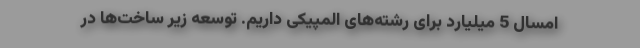
امسال 5 میلیارد برای رشته‌های المپیکی داریم. توسعه زیر ساخت‌ها در